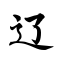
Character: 辽